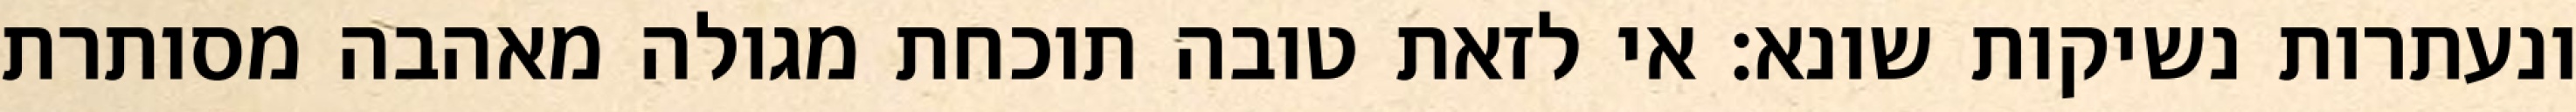
ונעתרות נשיקות שונא: אי לזאת טובה תוכחת מגולה מאהבה מסותרת